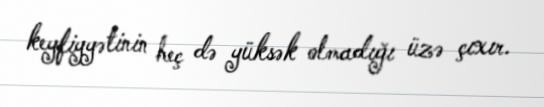
keyfiyyətinin heç də yüksək olmadığı üzə çıxır.